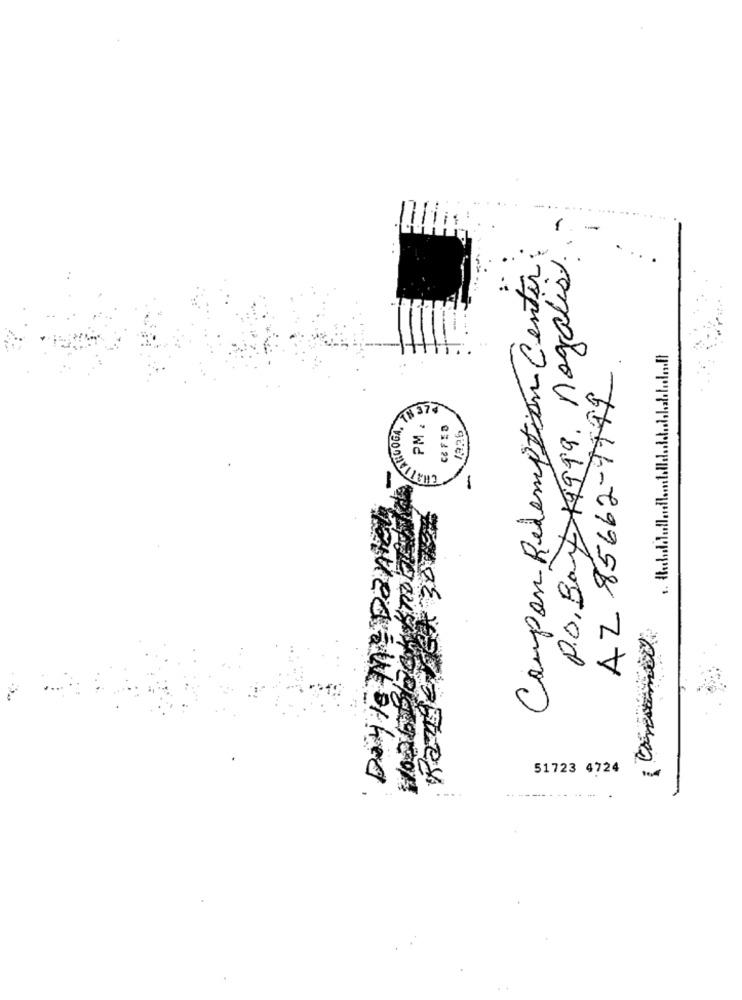
-
Coupon Redemption Center
P.O. Bart 11999. nogalis.
AZ 85662-9792
PM . 21
TARGOGA,
51723 4724
....
ikea- worked.